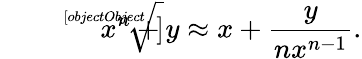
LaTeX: {\sqrt[[objectObject]]{x^{n}+y}}\approx x+{\frac{y}{nx^{n-1}}}.